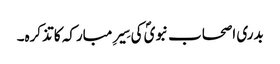
بدری اصحاب نبویؐ کی سِیرِ مبارکہ کا تذکرہ۔